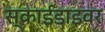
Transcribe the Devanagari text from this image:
स्काईडाइवर